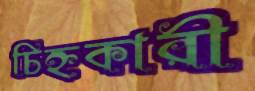
চিহ্নকারী